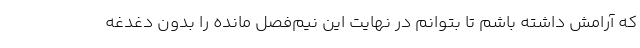
که آرامش داشته باشم تا بتوانم در نهایت این نیم‌فصل مانده را بدون دغدغه